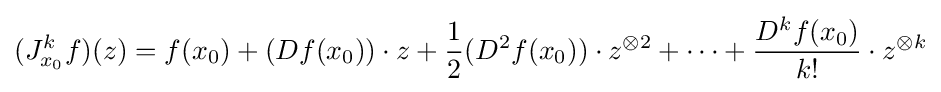
(J_{x_{0}}^{k}f)(z)=f(x_{0})+(Df(x_{0}))\cdot z+{\frac {1}{2}}(D^{2}f(x_{0}))\cdot z^{\otimes 2}+\cdots +{\frac {D^{k}f(x_{0})}{k!}}\cdot z^{\otimes k}